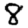
Digit: 8